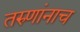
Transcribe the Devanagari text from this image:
तरुणांनाच